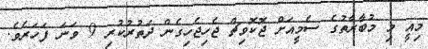
މިއީ މި މުބާރާތުގެ ސެމީއަށް ޖޮކޮވިޗް ޖެހިޖެހިގެން ދަތުރުކުރި 9 ވަނަ ފަހަރެވެ.